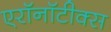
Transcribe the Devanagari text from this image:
एरॉनॉटीक्स